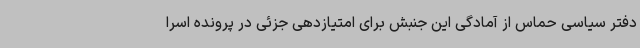
دفتر سیاسی حماس از آمادگی این جنبش برای امتیازدهی جزئی در پرونده اسرا